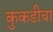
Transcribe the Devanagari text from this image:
कुकडीचा